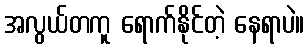
အလွယ်တကူ ရောက်နိုင်တဲ့ နေရာပဲ။